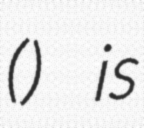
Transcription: () is